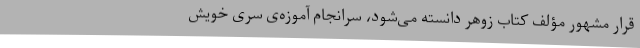
قرار مشهور مؤلف کتاب زوهر دانسته مى‌شود، سرانجام آموزه‌ی سرّى خویش